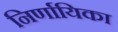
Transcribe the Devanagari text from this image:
निर्णायिका